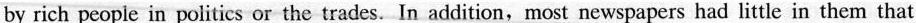
by rich people in politics or the trades.In addition,most newspapers had little in them that